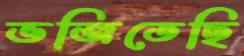
ভজিতেছি